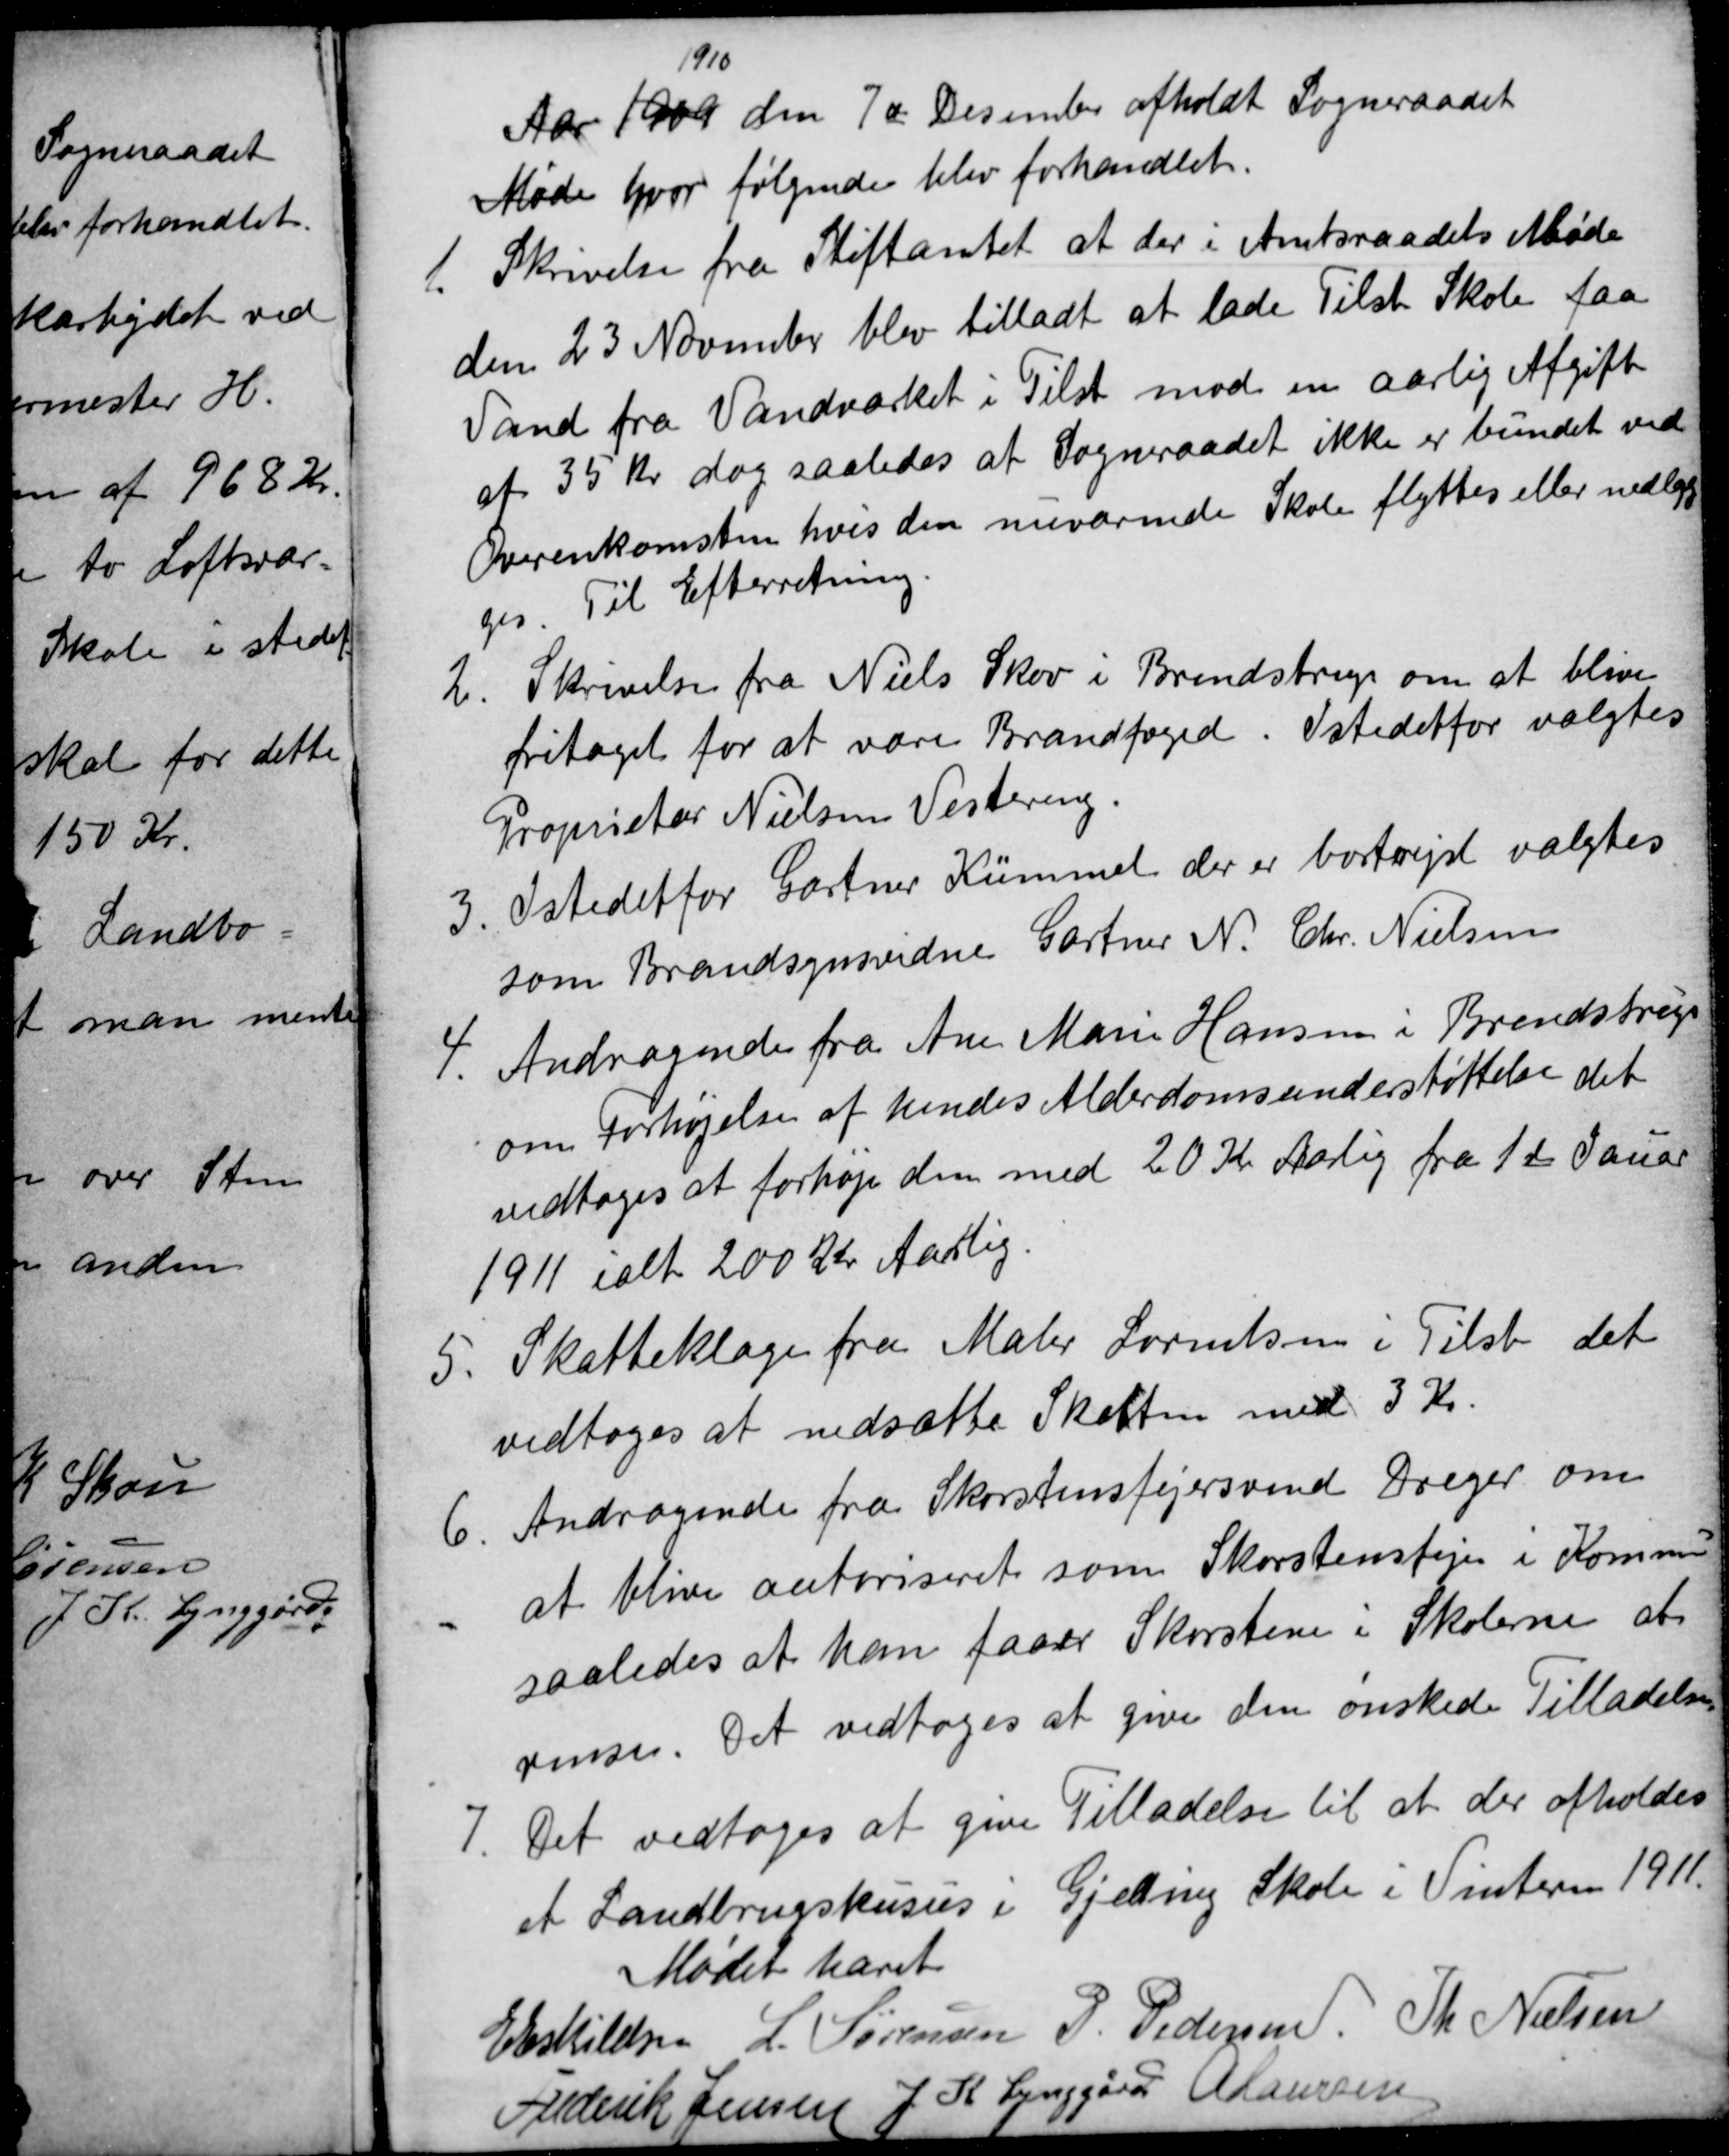
Transskription:
Aar 1909
1910
den 7de Desember afholdt Sogneraadet
Møde hvor følgende blev forhandlet.
1.
Skrivelse fra Stiftamtet at der i Amtsraadets Møde
den 23 November blev tilladt at lade Tilst Skole faa
Vand fra Vandværket i Tilst mod en aarlig Afgift
af 35 Kr dog saaledes at Sogneraadet ikke er bundet ved
Overenkomsten hvis den nuværende Skole flyttes eller nedlæg
ges. Til Efterretning.
2.
Skrivelse fra Niels Skov i Brendstrup om at blive
fritaget for at være Brandfoged. Istedetfor valgtes
Proprietær Nielsen Vestereng.
3
Istedetfor Gartner Kümmel der er bortrejst valgtes
som Brandsynsvidne Gartner N. Chr. Nielsen
4.
Andragende fra Ane Marie Hansen i Brendstrup
om Forhøjelse af hendes Alderdomsunderstøttelse det
vedtoges at forhøje den med 20 Kr Aarlig fra 1ste Januar
1911 ialt 200 Kr Aarlig.
5. Skatteklage fra Maler Lorentsen i Tilst det
5. Skatteklage fra Maler Lorentsen i Tilst det
vedtoges at nedsætte Skatten med 3 Kr.
6.
Andragende fra Skorstensfejersvend Drejer om
at blive autoriseret som Skorstensfejer i Kommu
saaledes at han faaer Skorstene i Skolerne at
rense. Det vedtoges at give den ønskede Tilladelse.
7.
Det vedtoges at give Tilladelse til at der afholdes
et Landbrugskusus i Gjeding Skole i Vinteren 1911.
Mødet hævet
E Eskildsen
L. Sørensen
P. Pedersen
Th Nielsen
Frederik Jensen
J K Lynggård A Laursen